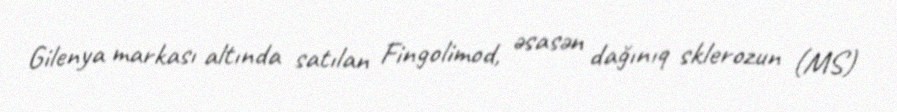
Gilenya markası altında satılan Fingolimod, əsasən dağınıq sklerozun (MS)